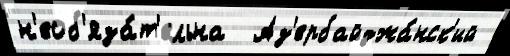
н'еоб'яза́т'ельна  Аз'ербайджа́нск'ий